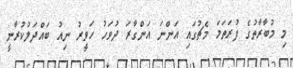
މި މުބާރާތުގެ ފުރަތަމަ މެޗުގައި އަންނަ އަންގާރަ ދުވަހު ހަވީރު ނިއު ބައްދަލުކުރާނީ